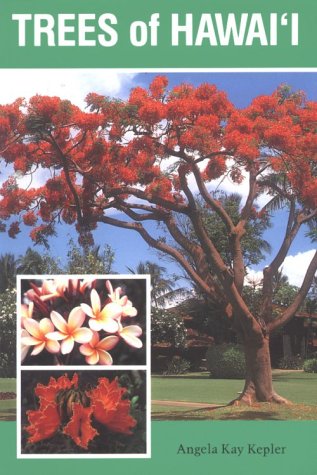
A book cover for Trees of Hawai'i (Kolowalu Books); Angela Kay Kepler; Crafts, Hobbies & Home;